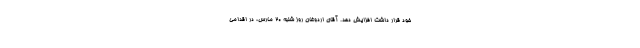
خود قرار داشت افزایش دهد. آقای اردوغان روز شنبه ۲۰ مارس، در اقدامی